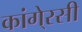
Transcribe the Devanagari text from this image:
कांगे्रसी